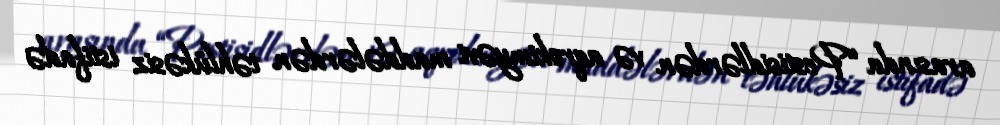
arasında “Pestisidlərdən və aqrokimyəvi maddələrdən təhlükəsiz istifadə